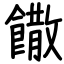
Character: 饊